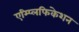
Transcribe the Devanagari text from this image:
एम्प्लिफिकेशन